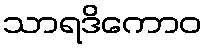
သာရဒိကောဝ